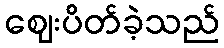
ဈေးပိတ်ခဲ့သည်